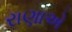
રાણાએ